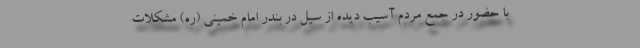
با حضور در جمع مردم آسیب دیده از سیل در بندر امام خمینی (ره) مشکلات